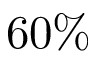
6 0 \%